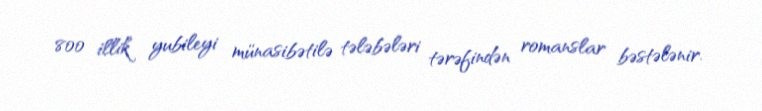
800 illik yubileyi münasibətilə tələbələri tərəfindən romanslar bəstələnir.